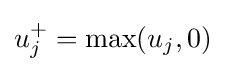
u_{j}^{+}=\max(u_{j},0)